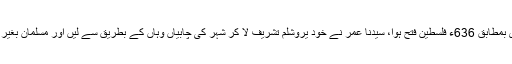
خلیفہ دوم سیدنا عمرؓ کے عہد میں 15ہجری بمطابق 636ء فلسطین فتح ہوا، سیدنا عمرؓ نے خود یروشلم تشریف لا کر شہر کی چابیاں وہاں کے بطریق سے لیں اور مسلمان بغیر کسی خون خرابے کے اس میں داخل ہوئے۔